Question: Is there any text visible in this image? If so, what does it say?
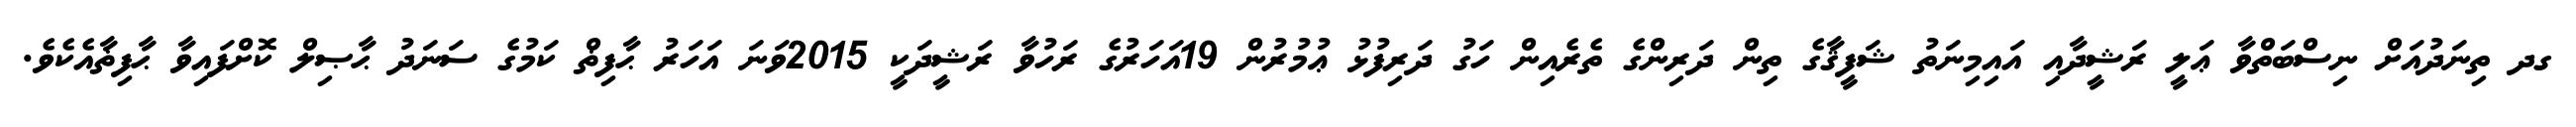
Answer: ގދ ތިނަދުއަށް ނިސްބަތްވާ ޢަލީ ރަޝީދާއި އައިމިނަތު ޝަފީޤާގެ ތިން ދަރިންގެ ތެރެއިން ހަގު ދަރިފުޅު ޢުމުރުން 19އަހަރުގެ ރަހުވާ ރަޝީދަކީ 2015ވަނަ އަހަރު ޙާފިޡް ކަމުގެ ސަނަދު ޙާޞިލް ކޮށްފައިވާ ޙާފިޡާއެކެވެ.